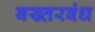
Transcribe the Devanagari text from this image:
बख्तरबंध